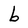
Character: b